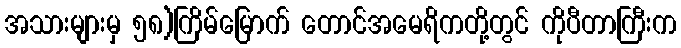
အသားများမှ ၅၈)ကြိမ်မြောက် တောင်အမေရိကတို့တွင် ကိုပီတာကြီးက